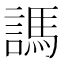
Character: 𧪨